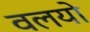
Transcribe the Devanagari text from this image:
वलयो